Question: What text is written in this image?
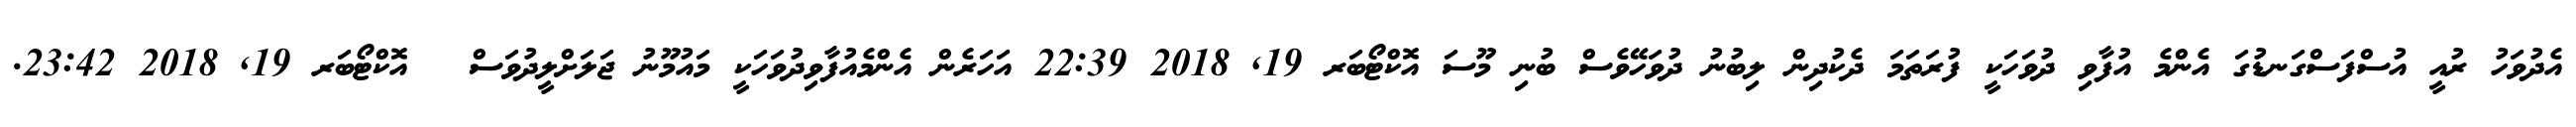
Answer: އެދުވަހު ރުއީ އުސްފަސްގަނޑުގަ އެންމެ އުފާވި ދުވަހަކީ ފުރަތަމަ ދެކުދިން ލިބުނު ދުވަހޭވެސް ބުނި މޫސަ އޮކްޓޯބަރ 19, 2018 22:39 އަހަރެން އެންމެއުފާވިދުވަހަކީ މައުމޫނު ޖަލަށްލީދުވަސް ? އޮކްޓޯބަރ 19, 2018 23:42.